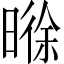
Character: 𬁊